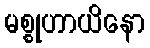
မစ္စုဟာယိနော